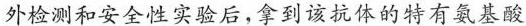
外检测和安全性实验后,拿到该抗体的特有氨基酸